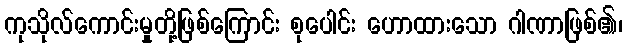
ကုသိုလ်ကောင်းမှုတို့ဖြစ်ကြောင်း စုပေါင်း ဟောထားသော ဂါဏာဖြစ်၏၊